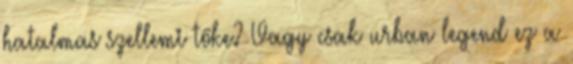
hatalmas szellemi tőke? Vagy csak urban legend ez a